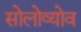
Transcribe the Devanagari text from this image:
सोलोव्योव